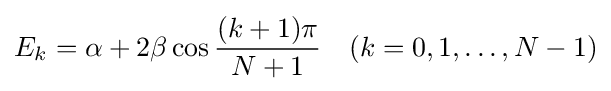
E_{k}=\alpha +2\beta \cos {\frac {(k+1)\pi }{N+1}}\quad (k=0,1,\ldots ,N-1)